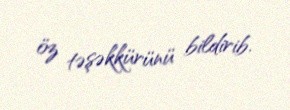
öz təşəkkürünü bildirib.